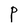
Character: P